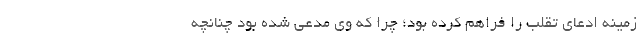
زمینه ادعای تقلب را فراهم کرده بود؛ چرا که وی مدعی شده بود چنانچه